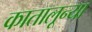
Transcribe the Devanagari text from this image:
कातालून्या